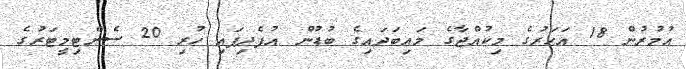
އުމުރުން 18 އަހަރުގެ މިކުއްޖާގެ މައިބަދައިގެ ބުޑުން އުފެދިފައި ހުރި 20 ސެންޓިމީޓަރުގެ